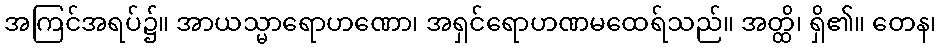
အကြင်အရပ်၌။ အာယသ္မာရောဟဏော၊ အရှင်ရောဟဏမထေရ်သည်။ အတ္ထိ၊ ရှိ၏။ တေန၊